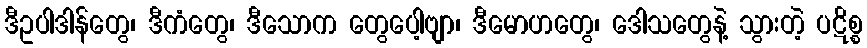
ဒီဥပါဒါန်တွေ၊ ဒီကံတွေ၊ ဒီသောက တွေပေါ့ဗျာ၊ ဒီမောဟတွေ၊ ဒေါသတွေနဲ့ သွားတဲ့ ပဋိစ္စ